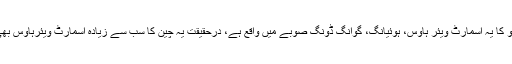
سائنیاؤ کا یہ اسمارٹ ویئر ہاؤس، ہوئیانگ، گوانگ ڈونگ صوبے میں واقع ہے، درحقیقت یہ چین کا سب سے زیادہ اسمارٹ ویئرہاؤس بھی ہے۔